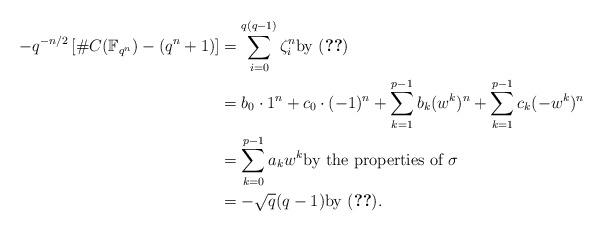
LaTeX: \begin{align*}-q^{-n/2}\left[\#C(\mathbb F_{q^n})-(q^n+1)\right]&=\sum_{i=0}^{q(q-1)} \zeta_i^n \textrm{by } \eqref{eqn-roots-of-unity}\\&= b_0\cdot 1^n+ c_0\cdot(-1)^n+\displaystyle\sum_{k=1}^{p-1}b_k(w^k)^n+\sum_{k=1}^{p-1}c_k(-w^k)^n\\ &=\sum_{k=0}^{p-1}a_kw^k \textrm{by the properties of $\sigma$} \\ &=-\sqrt{q}(q-1) \textrm{by } \eqref{eqn-sum-with -0}.\end{align*}